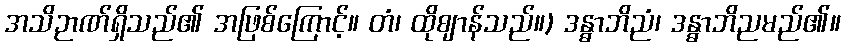
အသိဉာဏ်ရှိသည်၏ အဖြစ်ကြောင့်။ တံ၊ ထိုဈာန်သည်။) ဒန္ဓာဘိညံ၊ ဒန္ဓာဘိညမည်၏။